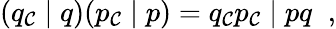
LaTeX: (q_{\cal C}\; \vert\; q)(p_{\cal C}\; \vert\; p)=q_{\cal C}p_{\cal C}\; \vert\; pq\; \; ,